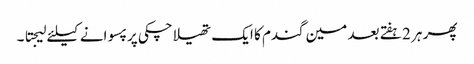
پھر ہر 2 ہفتے بعد مین گندم کا ایک تھیلا چکی پر پسوانے کیلئے لیجتا ۔